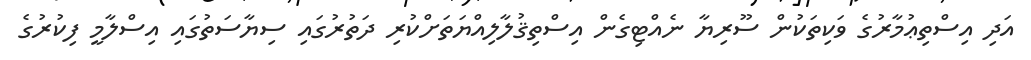
އަދި އިސްތިޢުމާރުގެ ވަކިތަކުން ސޫރިޔާ ނެއްޓިގެން އިސްތިޤުލާލިއްޔަތަށްކުރި ދަތުރުގައި ސިޔާސަތުގައި އިސްލާމީ ފިކުރުގެ